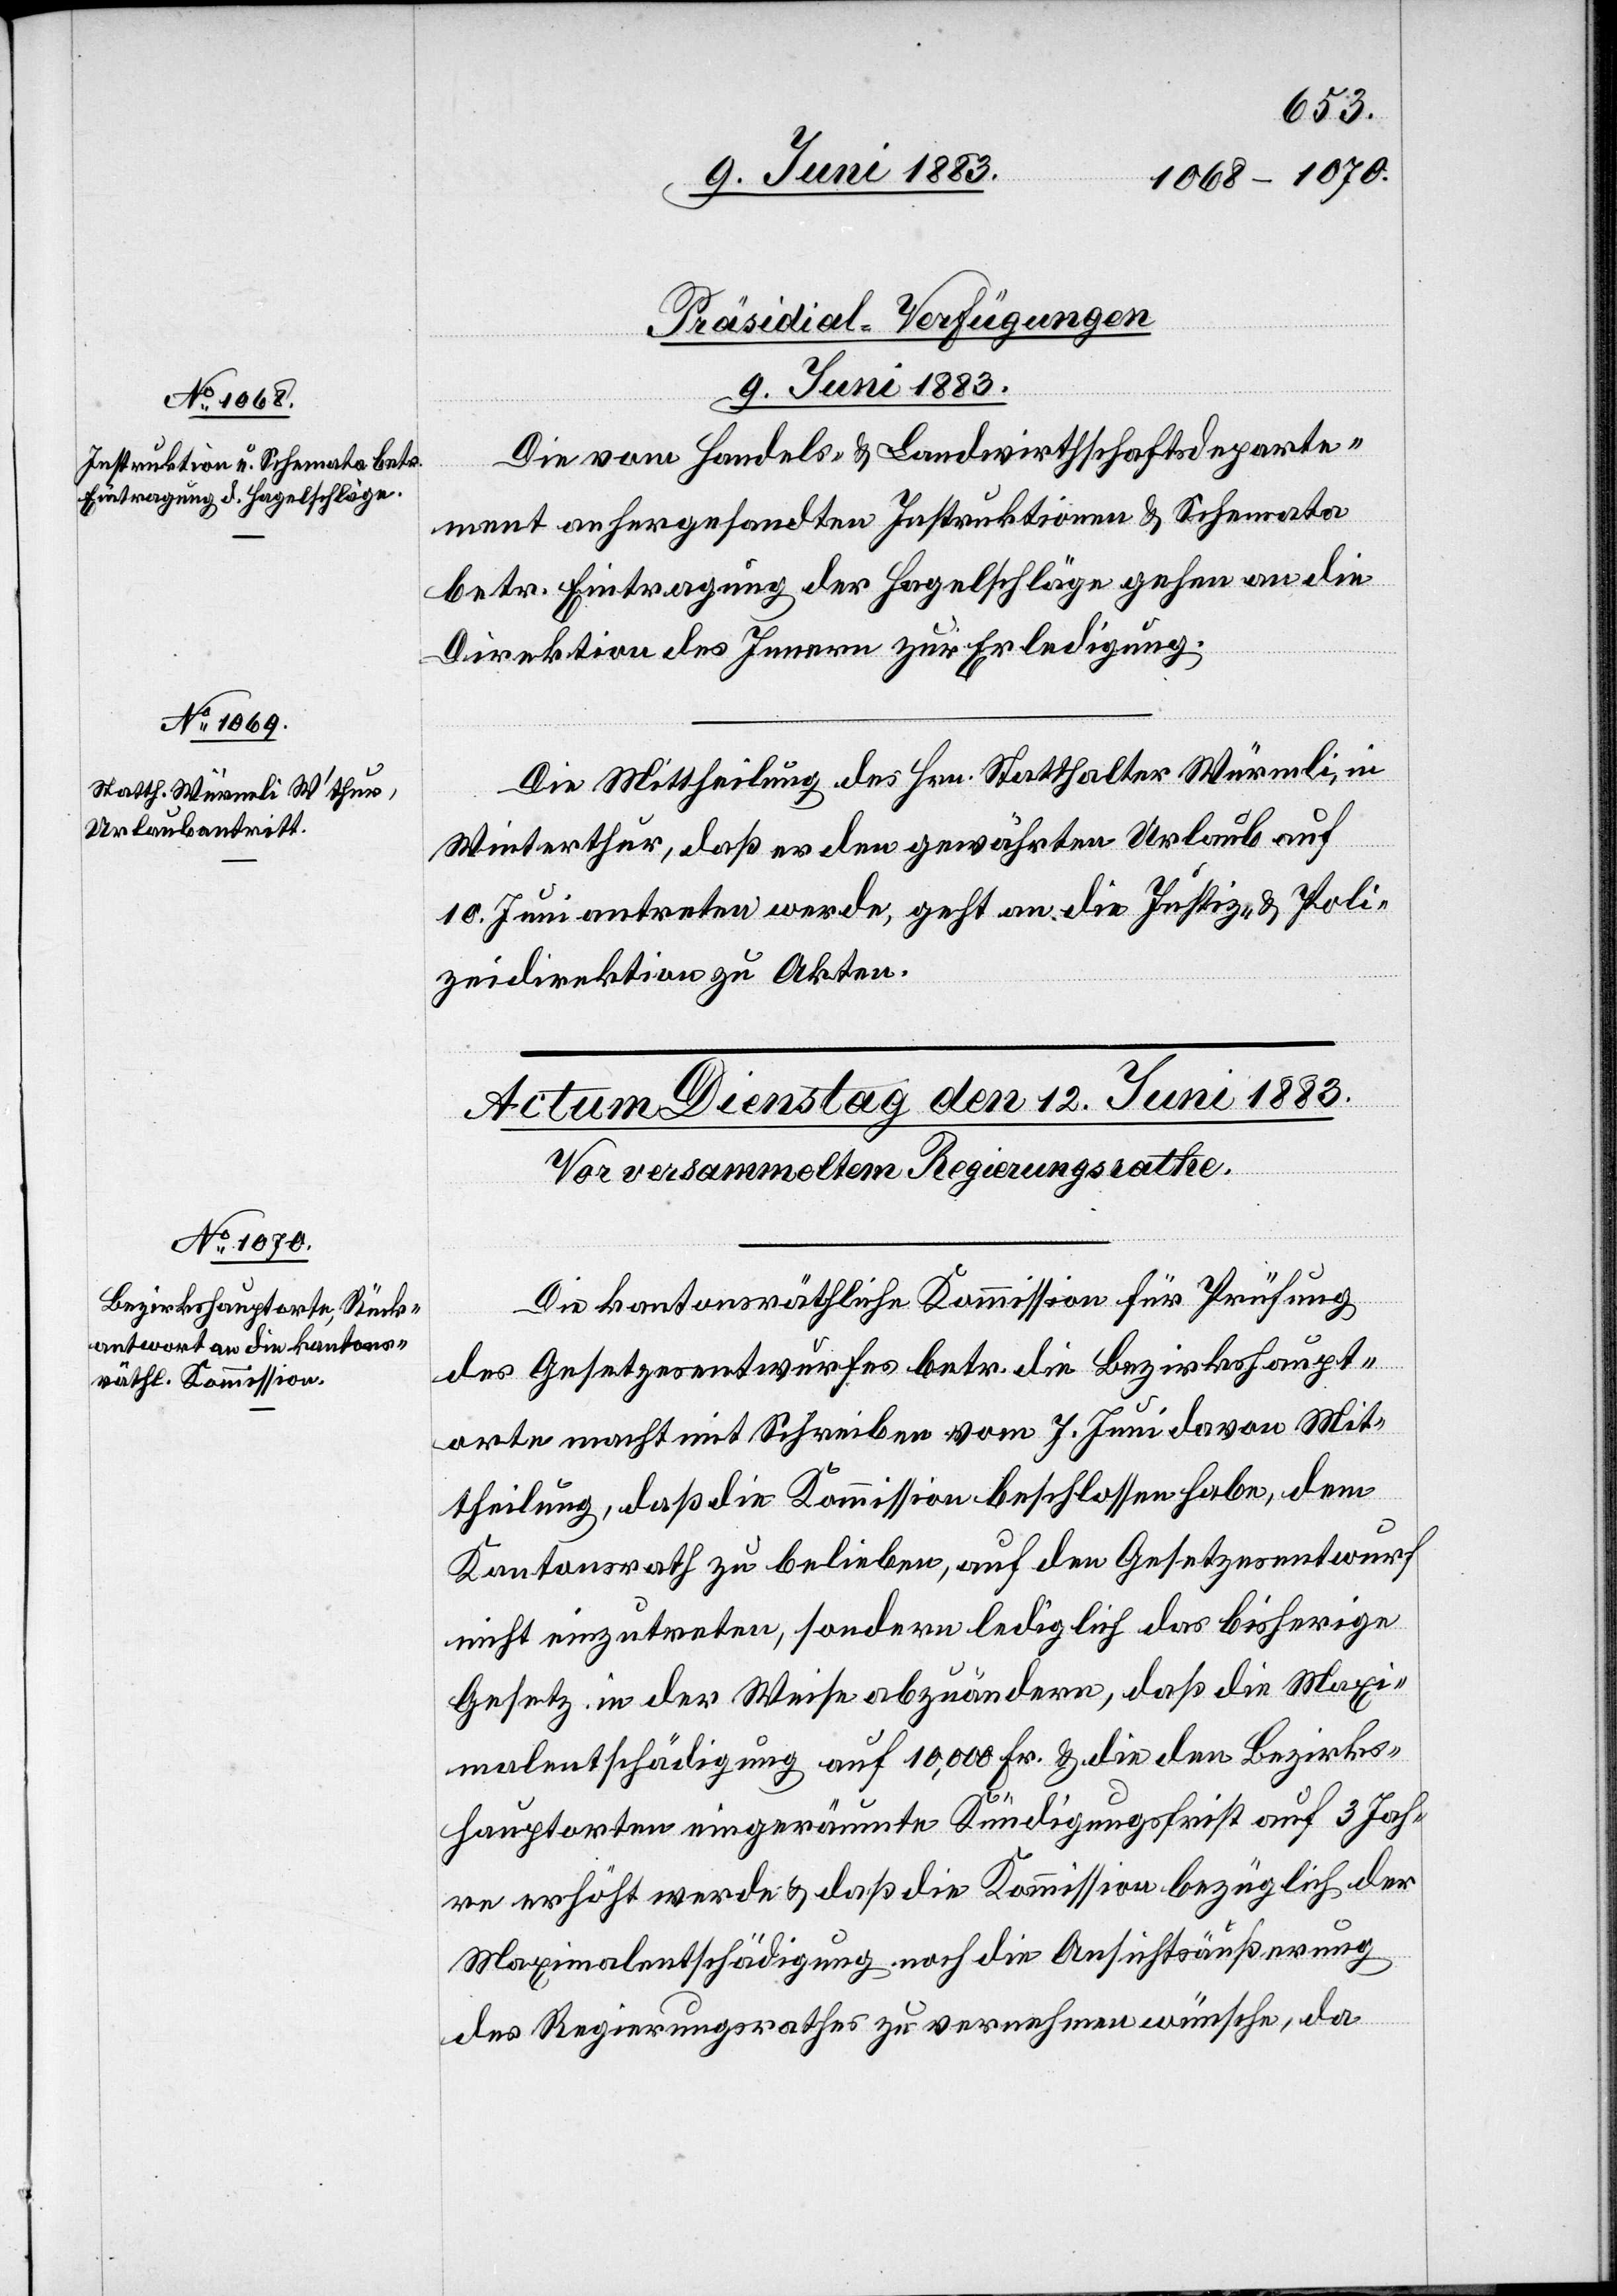
[Präsidial-Verfügungen
9. Juni 1883.]
Die vom Handels- & Landwirthschaftsdeparte¬
ment anhergesandten Instruktionen & Schemata
betr. Eintragung der Hagelschläge gehen an die
Direktion des Innern zur Erledigung.
Die Mittheilung des Hrn. Statthalter Würmli, in
Winterthur, daß es den gewährten Urlaub auf
10. Juni antreten werde, geht an die Justiz- & Poli¬
zeidirektion zu Akten.
Die kantonsräthliche Kommission für Prüfung
des Gesetzesentwurfes betr. die Bezirkshaupt¬
orte macht mit Schreiben vom 7. Juni davon Mit¬
theilung, daß die Kommission beschlossen habe, dem
Kantonsrath zu belieben, auf den Gesetzesentwurf
nicht einzutreten, sondern lediglich das bisherige
Gesetz in der Weise abzuändern, daß die Maxi¬
malentschädigung auf 10,000 Fr. & die den Bezirks¬
hauptorten eingeräumte Kündigungsfrist auf 3 Jah¬
re erhöht werde & daß die Kommission bezüglich der
Maximalentschädigung noch die Ansichtsäußerung
des Regierungsrathes zu vernehmen wünsche, da